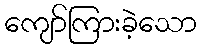
ကျော်ကြားခဲ့သော